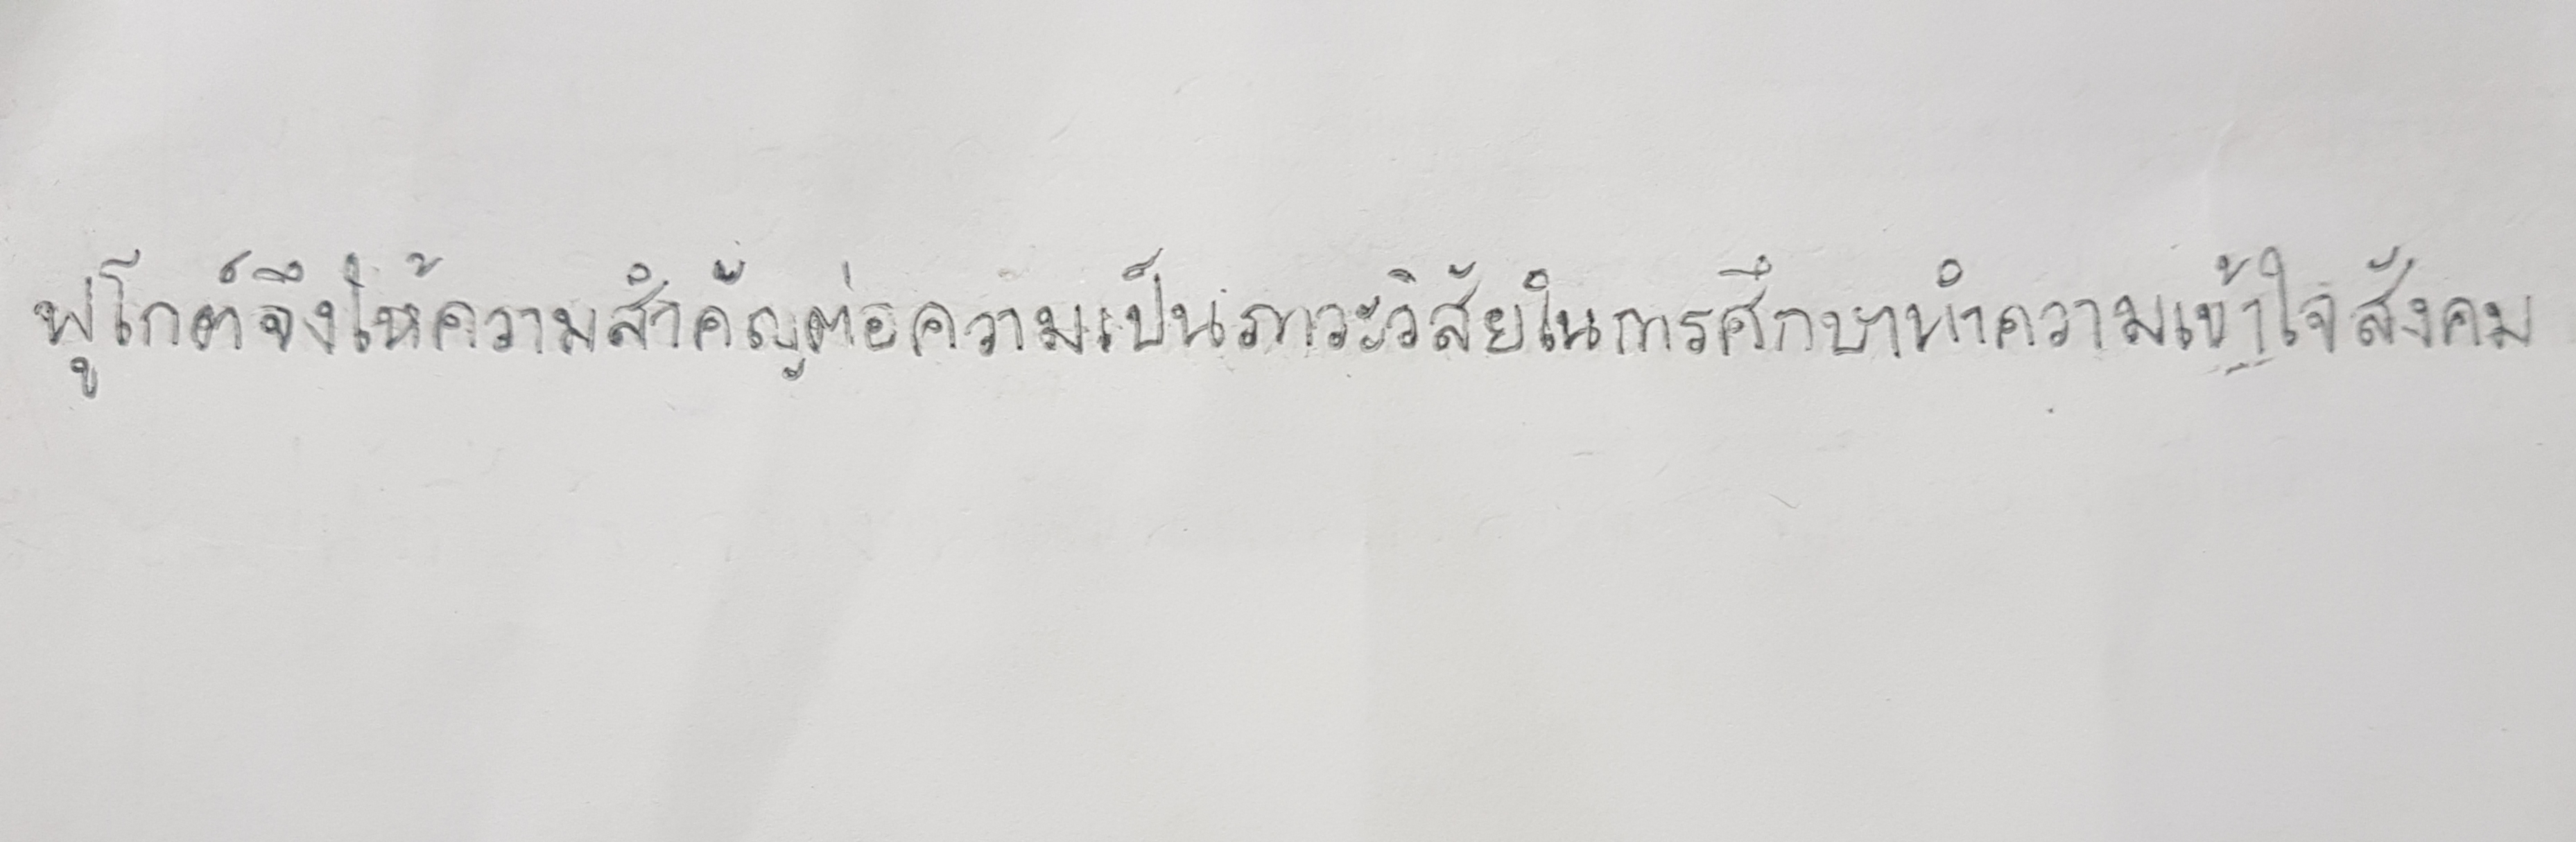
ฟูโกต์จึงให้ความสำคัญต่อความเป็นภาวะวิสัยในการศึกษาทำความเข้าใจสังคม